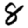
Digit: 8